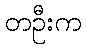
တဦးက